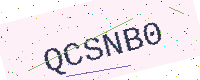
Text: QCSNB0